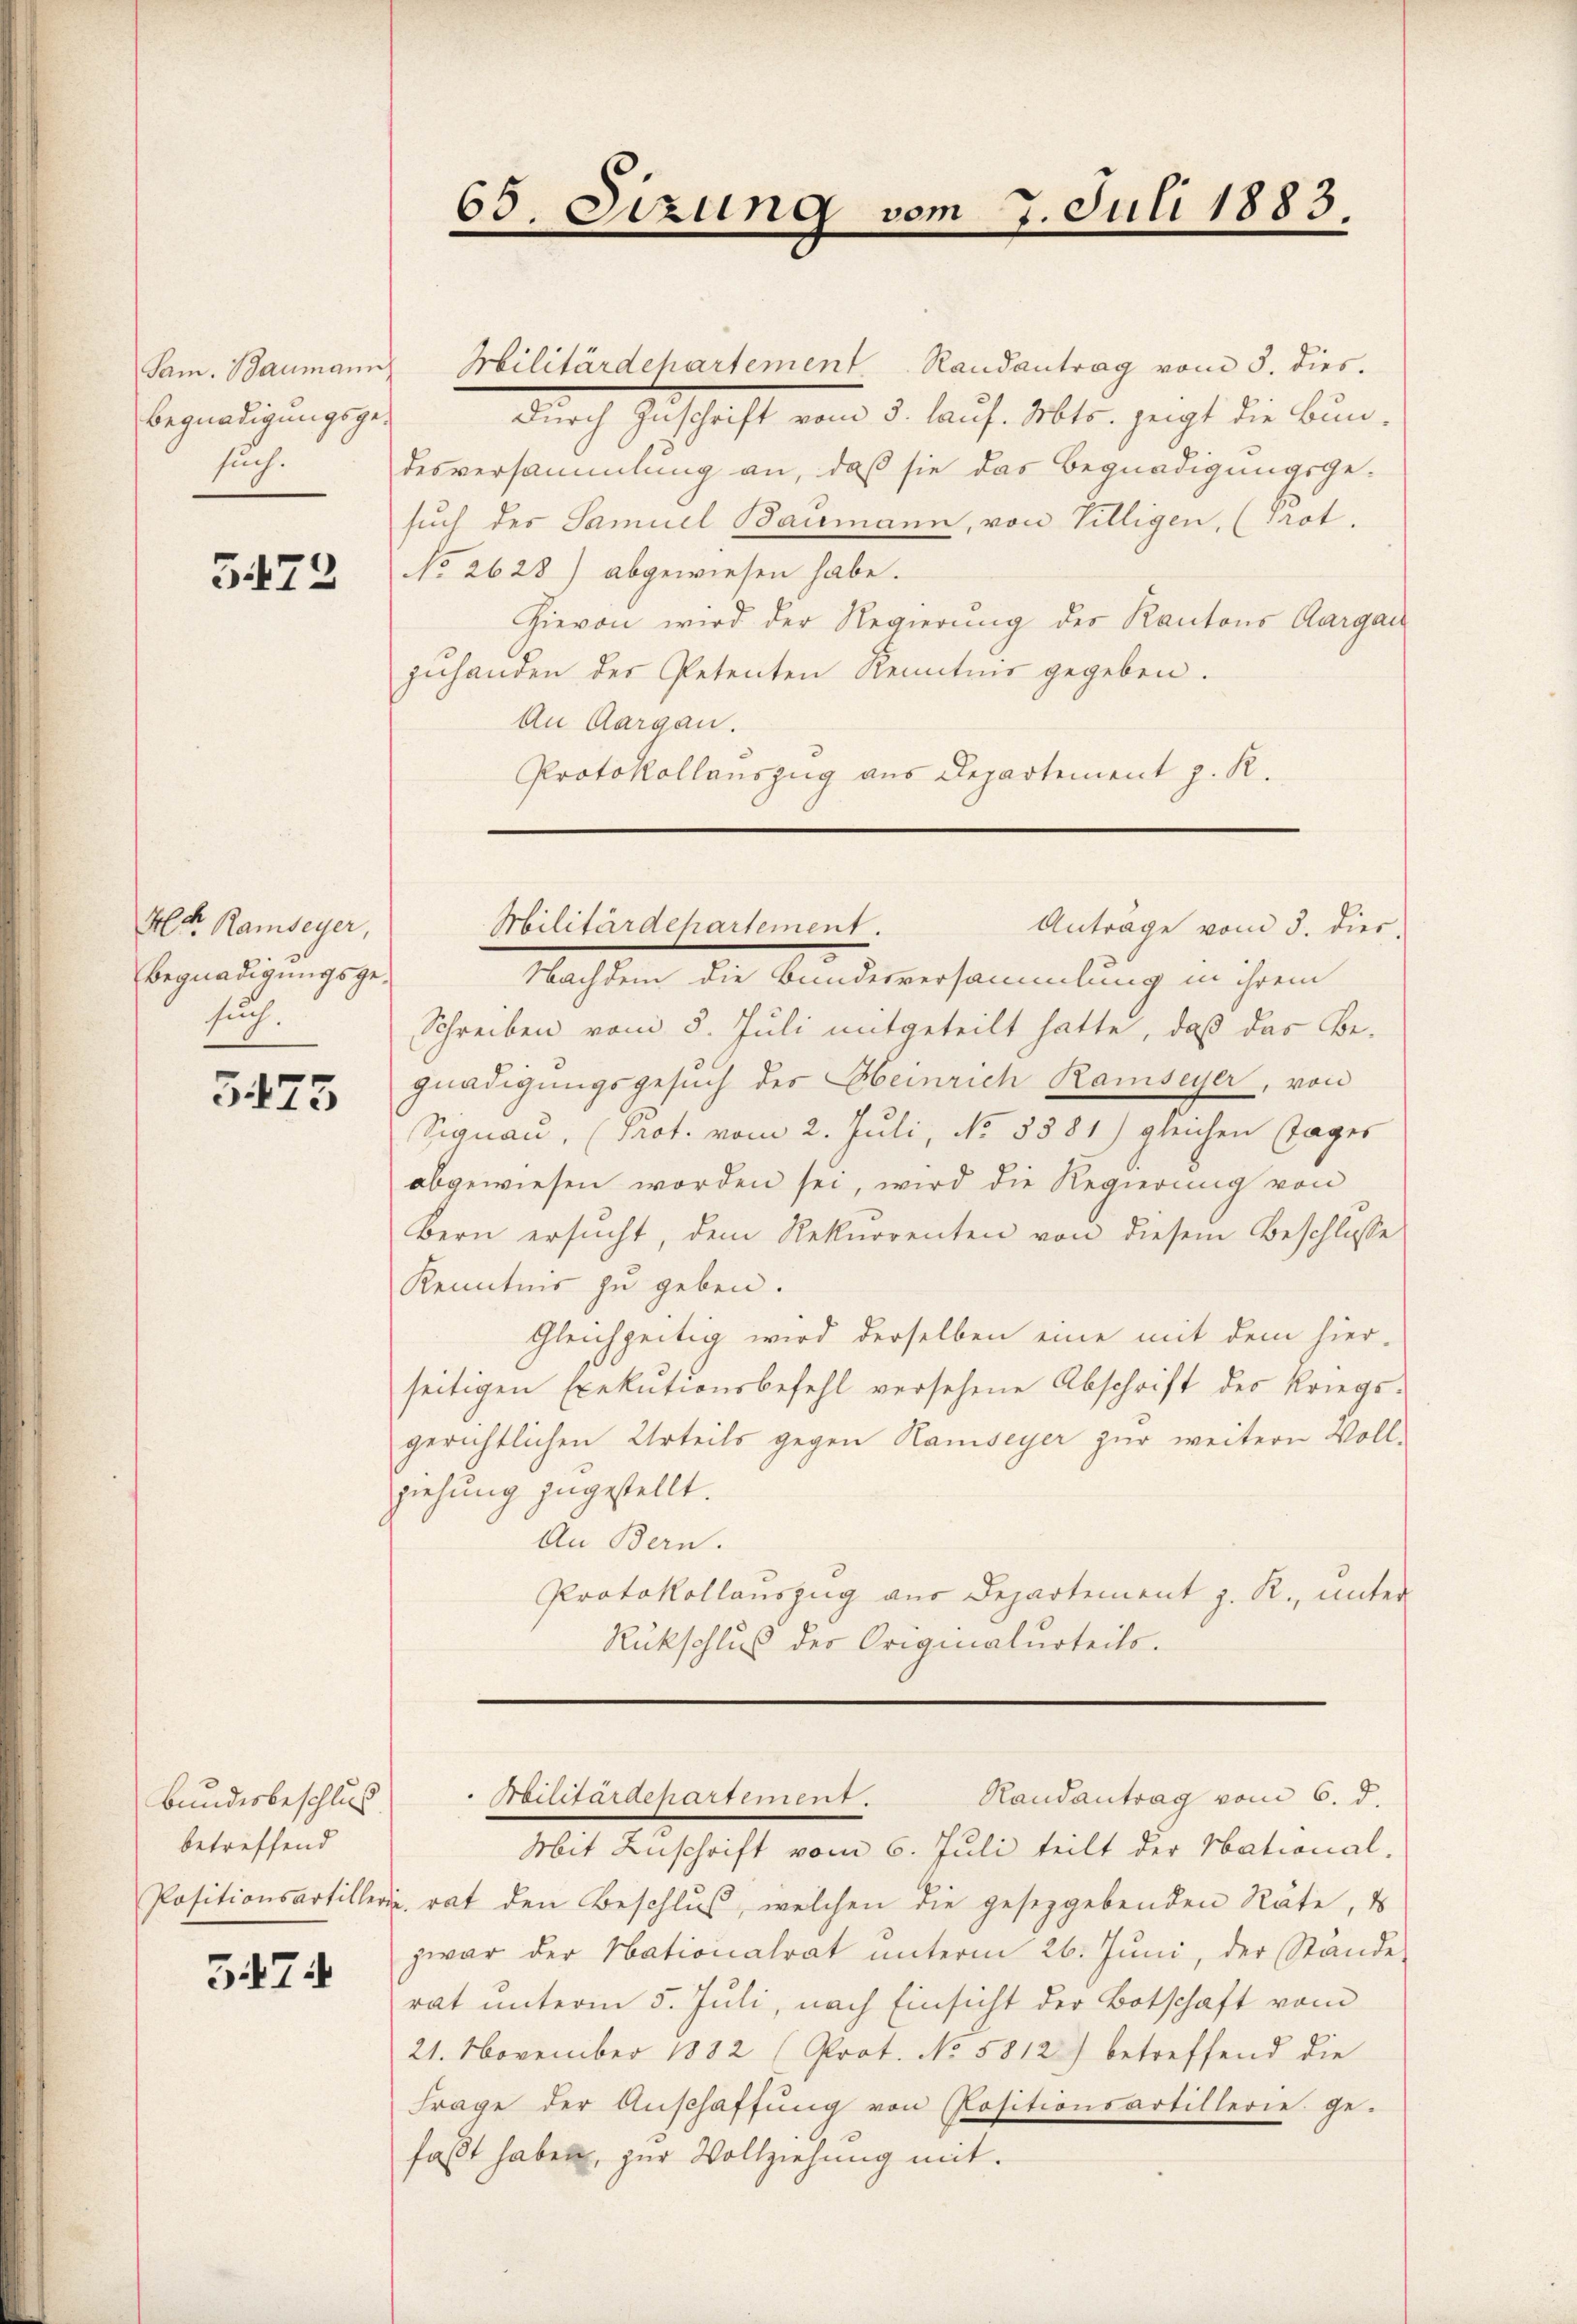
Begnadigungsgesuch.

3473

Mltr. Ramseyer,
Begnadigungsgesuch.

5475

Bundesbeschlus
betreffend

5474

Sam. Baumann Militärdepartement Randantrag vom 5. dies.
Durch Zuschrift vom 3. lauf. Mts. zeigt die Bun-
desversammlung an, daß sie das Begnadigungsge-
such des Samuel Baumann, von Tilligen, (Prot.
No 2628) abgewiesen habe.
Hievon wird der Regierung des Kantons Aargau
zuhanden der Petenten Renntnis gegeben.
An Aargau.
Protokollauszug aus Departement z. R.

65 Sizung vom 7. Juli 1883.
.

Militärdepartement.

Randantrag vom 6. d.
Odilitärdepartement.

Anträge vom 3. dies
Nachdem die Bundesversammlung in ihrem
Schreiben vom 5. Juli mitgeteilt hatte, daß das Be-
gnadigungsgesuch des Heinrich Ramseyer, von
Signau, (Prot. vom 2. Juli, No 8381) gleichen Tages
abgewiesen worden sei, wird die Regierung von
Bern ersŭcht, dem Rekurrenten von diesem Beschlüsse
Kenntnis zu geben.
Gleichzeitig wird derselben eine mit dem hier-
seitigen Exekutionsbefehl versehene Abschrift des Kriegsgerichtlichen Urteils gegen Hamseyer zur weitern Vollziehung zugestellt.
An Bern.
Protokollauszug aus Departement z. R., unter
Rückschluß der Originalurteils.

Mit Zuschrift vom 6. Juli teilt der National-
Positionsartiller. rat den Beschlŭβ, welchen die gesetzgebenden Räte, d
zwar der Nationalrat ŭnterm 26. Juni, der Stande
rat unterm 5. Juli, nach Einsicht der Botschaft vom
21. November 1882 (Prot. No 5812) betreffend die
frage der Anschaffŭng von Rositionsartillerie ge-
faßt haben, zur Vollziehung mit.